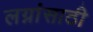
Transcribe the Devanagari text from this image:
लग्नांसाठी